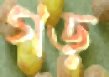
গড়